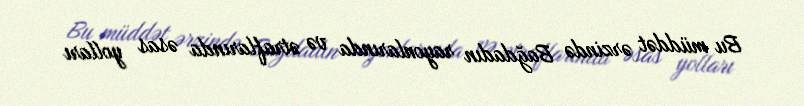
Bu müddət ərzində Bağdadın rayonlarında və ətraflarında əsas yolları